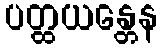
ပတ္ထယန္တေန